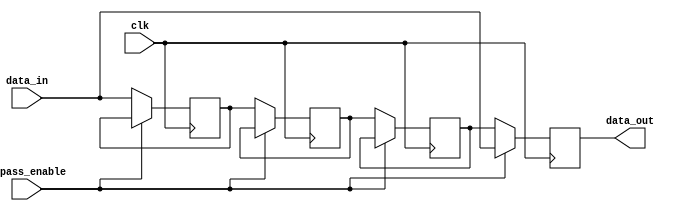
module VariableDepthBypassRegister (
    input wire clk,
    input wire bypass_enable,
    input wire [7:0] data_in,
    output reg [7:0] data_out
);

reg [7:0] register_1, register_2, register_3;

always @ (posedge clk) begin
    if (bypass_enable) begin
        data_out <= data_in;
    end else begin
        data_out <= register_3;
        register_3 <= register_2;
        register_2 <= register_1;
        register_1 <= data_in;
    end
end

endmodule